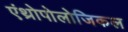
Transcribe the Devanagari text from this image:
एंथ्रोपोलोजिकल